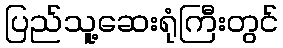
ပြည်သူ့ဆေးရုံကြီးတွင်